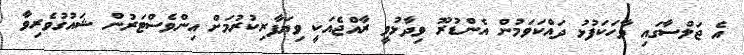
އެ ޖަލްސާގައި ވާހަކަފުޅު ދައްކަވަމުން އެންޑުރޫ ވިދާޅުވީ ރާއްޖެއަކީ ވިޔަފާރިކުރުމަށް އިންވެސްޓަރުން ޝައުގުވެރިވާ